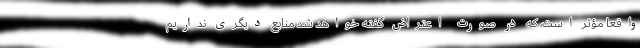
واقعا مؤثر است، که در صورت اعتراض گفته خواهد شد منابع دیگری نداریم